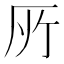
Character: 𠩄